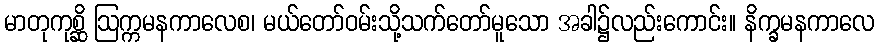
မာတုကုစ္ဆိ ဩက္ကမနကာလေစ၊ မယ်တော်ဝမ်းသို့သက်တော်မူသော အခါ၌လည်းကောင်း။ နိက္ခမနကာလေ